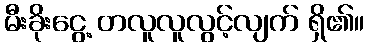
မီးခိုးငွေ့ တလူလူလွင့်လျက် ရှိ၏။